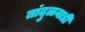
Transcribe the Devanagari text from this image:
तांदुळवाडी